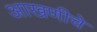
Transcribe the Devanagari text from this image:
आखणीचे